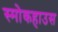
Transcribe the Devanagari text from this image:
स्मोकहाउस